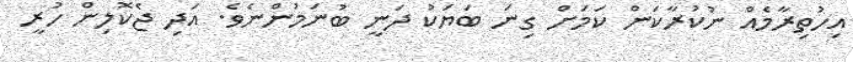
އިހުތިރާމެއް ނުކުރާކަން ކަމަށް ގިނަ ބަޔަަކު ދަނީ ބުނަމުންނެވެ. އަދި ޖެކޮލިން ހުރީ